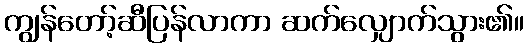
ကျွန်တော့်ဆီပြန်လာကာ ဆက်လျှောက်သွား၏။